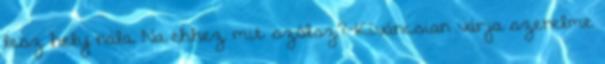
lesz hely nála. Na ehhez mit szólsz?-Kíváncsian várja szerelme